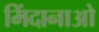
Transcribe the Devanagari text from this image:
मिंदानाओ